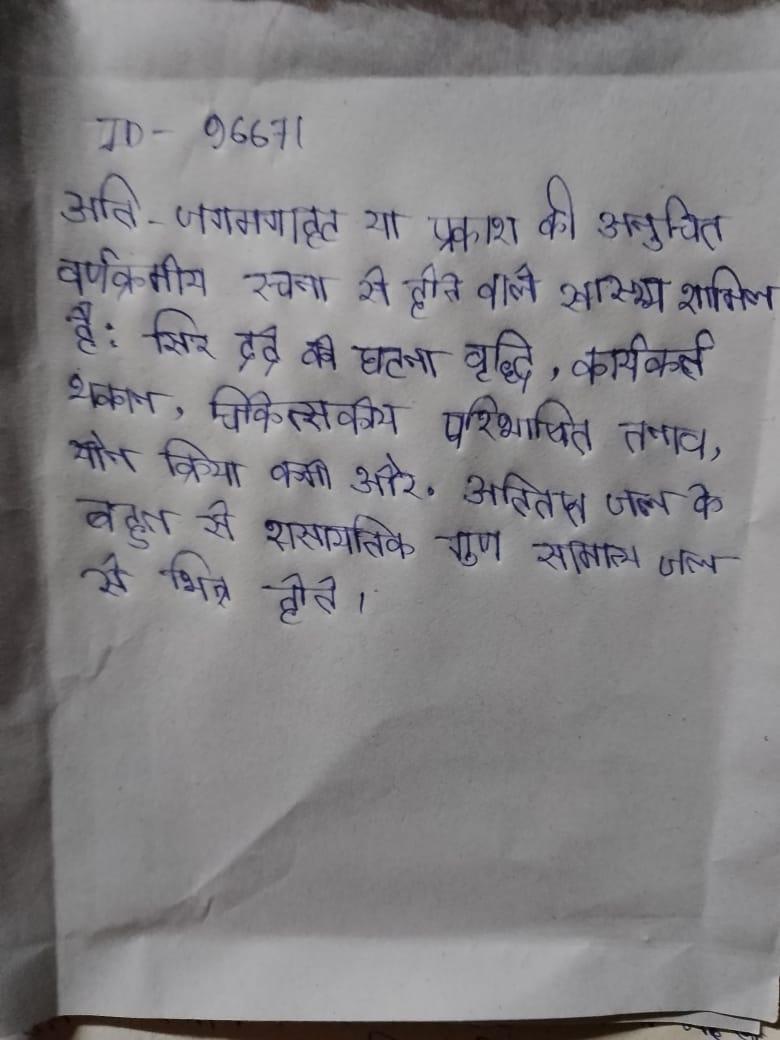
अति-जगमगाहट या प्रकाश की अनुचित वर्णक्रमीय रचना से होने वाले स्वास्थ्य शामिल है: सिर दर्द की घटना वृद्धि, कार्यकर्ता थकान, चिकित्सकीय परिभाषित तनाव, यौन क्रिया कमी और . अतितप्त जल के बहुत से रासायनिक गुण सामान्य जल से भिन्न होते ।